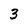
Character: 3